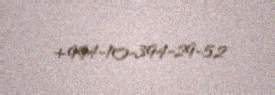
+994-10-394-29-52